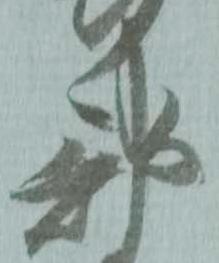
部